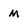
Character: M